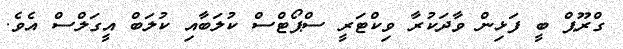
ގްރޫޕް ބީ ފަޅިން ވާދަކުރާ ވިކްޓަރީ ސްޕޯޓްސް ކުލަބާއި ކުލަބް އީގަލްސް އެވެ.